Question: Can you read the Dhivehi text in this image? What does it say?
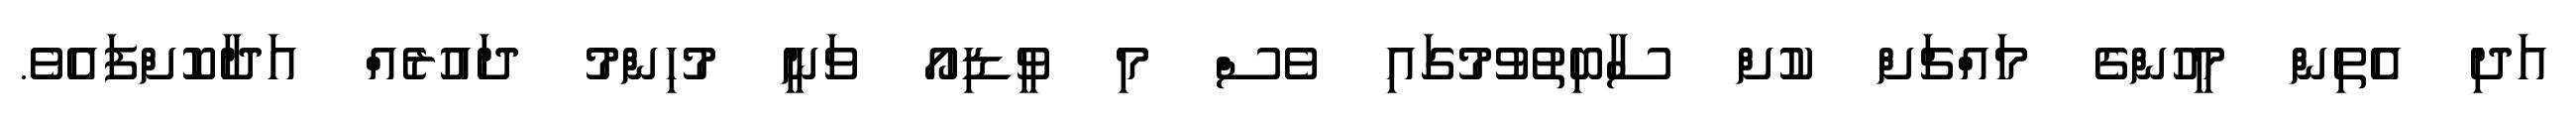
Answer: އަދި އެތިން މީހުންގެ މައްޗަށް ކުށް ސާބިތުވުމުގައި ވެސް މި ވީޑިއޯ ވަނީ މުހިންމު ދައުރެއް އަދާކޮށްފައެވެ.